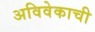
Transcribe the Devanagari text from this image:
अविवेकाची